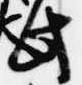
此